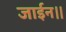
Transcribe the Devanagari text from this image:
जाईन।।